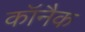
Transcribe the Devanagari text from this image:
कॉनैक